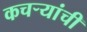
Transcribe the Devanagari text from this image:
कचऱ्यांची